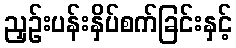
ညှဉ်းပန်းနှိပ်စက်ခြင်းနှင့်